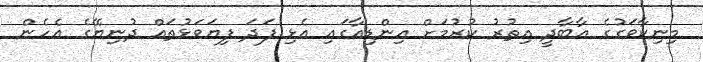
މިނިކާވަގުގެ އާބާދީ އިތުރު ކުރުމަށް އިންޑިއާގައި އެޅި ފަދަ ފިޔަވަޅުތައް ދުނިޔޭގެ އެހެން